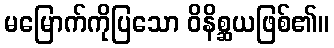
မမြောက်ကိုပြသော ဝိနိစ္ဆယဖြစ်၏။